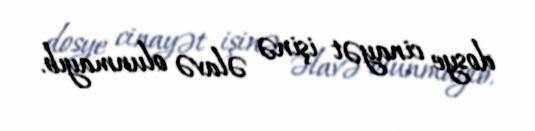
dosye cinayət işinə əlavə olunmayıb.